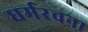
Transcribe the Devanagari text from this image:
धर्मरचना